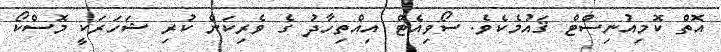
އޮތް ކޮމިއުނިސްޓް ޤައުމެކެވެ. ސޯވިއެޓް އިއްތިހާދު ގެ ވެރިކަން ކުރި ޝަހަރަކީ މޮސްކޯ